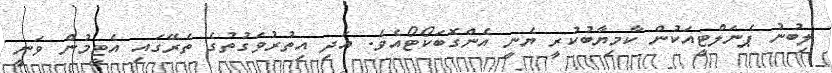
ލިބުނު ޕެނަލްޓީއަކުން ކާމިޔާބުކުރީ ޔެނީ އެންގޮބަކޯޓޯއެވެ. އަދި އިތުރުވަގުތުގެ ތެރޭގައި އެޓީމުން ވަނީ